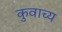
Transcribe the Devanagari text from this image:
कुवाच्य